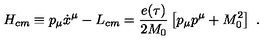
H _ { c m } \equiv p _ { \mu } \dot { x } ^ { \mu } - L _ { c m } = { \frac { e ( \tau ) } { 2 M _ { 0 } } } \left[ p _ { \mu } p ^ { \mu } + M _ { 0 } ^ { 2 } \right] \ .